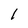
Character: 1